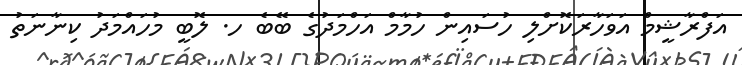
އަފްރާޝީމް އަވަހާރަކޮށްލި ހުސައިން ހުމާމް އަހްމަދުގެ ބޭބެ ހ. ލޮބީ މުހައްމަދު ކިނާނަތު